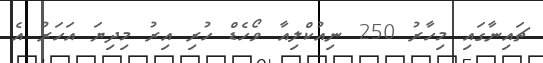
ޗައިނާގައި މިހާރު 250 ނިއުކްލިއާ ވޯހެޑް ހުރި އިރު މިދިޔަ އަހަރު އެ